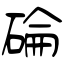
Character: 碖